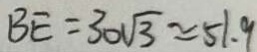
B E = 3 0 \sqrt { 3 } \approx 5 1 . 9